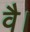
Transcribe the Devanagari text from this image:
वै।